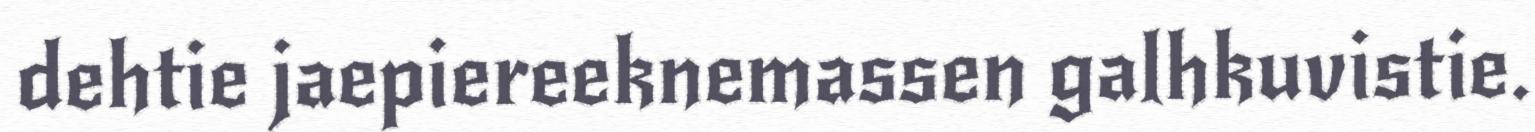
dehtie jaepiereeknemassen galhkuvistie.